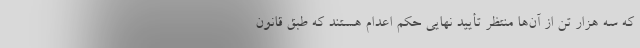
که سه هزار تن از آن‌ها منتظر تأیید نهایی حکم اعدام هستند که طبق قانون